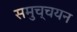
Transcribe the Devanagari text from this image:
समुच्चयन